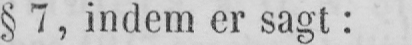
§ 7, indem er sagt: